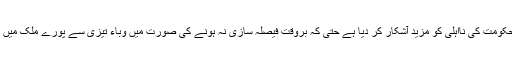
کرونا وباء نے حکومت کی نااہلی کو مزید آشکار کر دیا ہے حتی کہ بروقت فیصلہ سازی نہ ہونے کی صورت میں وباء تیزی سے پورے ملک میں پھیلنے لگی ہے۔